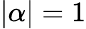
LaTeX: |\alpha|=1